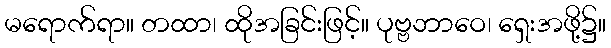
မရောက်ရာ။ တထာ၊ ထိုအခြင်းဖြင့်။ ပုဗ္ဗဘာဝေ၊ ရှေးအဖို့၌။